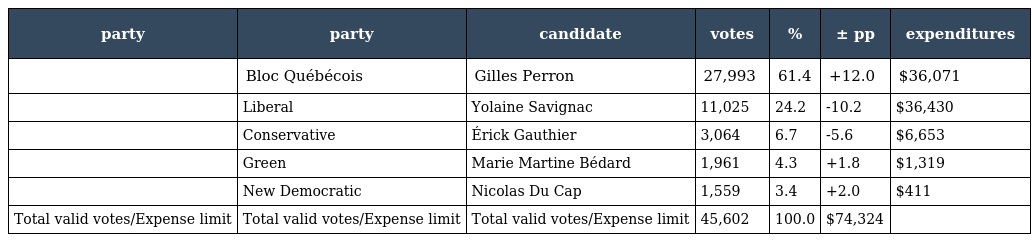
| party | party | candidate | votes | % | ± pp | expenditures |
 | --- | --- | --- | --- | --- | --- | --- |
 |  | Bloc Québécois | Gilles Perron | 27,993 | 61.4 | +12.0 | $36,071 |
 |  | Liberal | Yolaine Savignac | 11,025 | 24.2 | -10.2 | $36,430 |
 |  | Conservative | Érick Gauthier | 3,064 | 6.7 | -5.6 | $6,653 |
 |  | Green | Marie Martine Bédard | 1,961 | 4.3 | +1.8 | $1,319 |
 |  | New Democratic | Nicolas Du Cap | 1,559 | 3.4 | +2.0 | $411 |
 | Total valid votes/Expense limit | Total valid votes/Expense limit | Total valid votes/Expense limit | 45,602 | 100.0 | $74,324 |  |